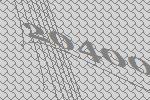
20400